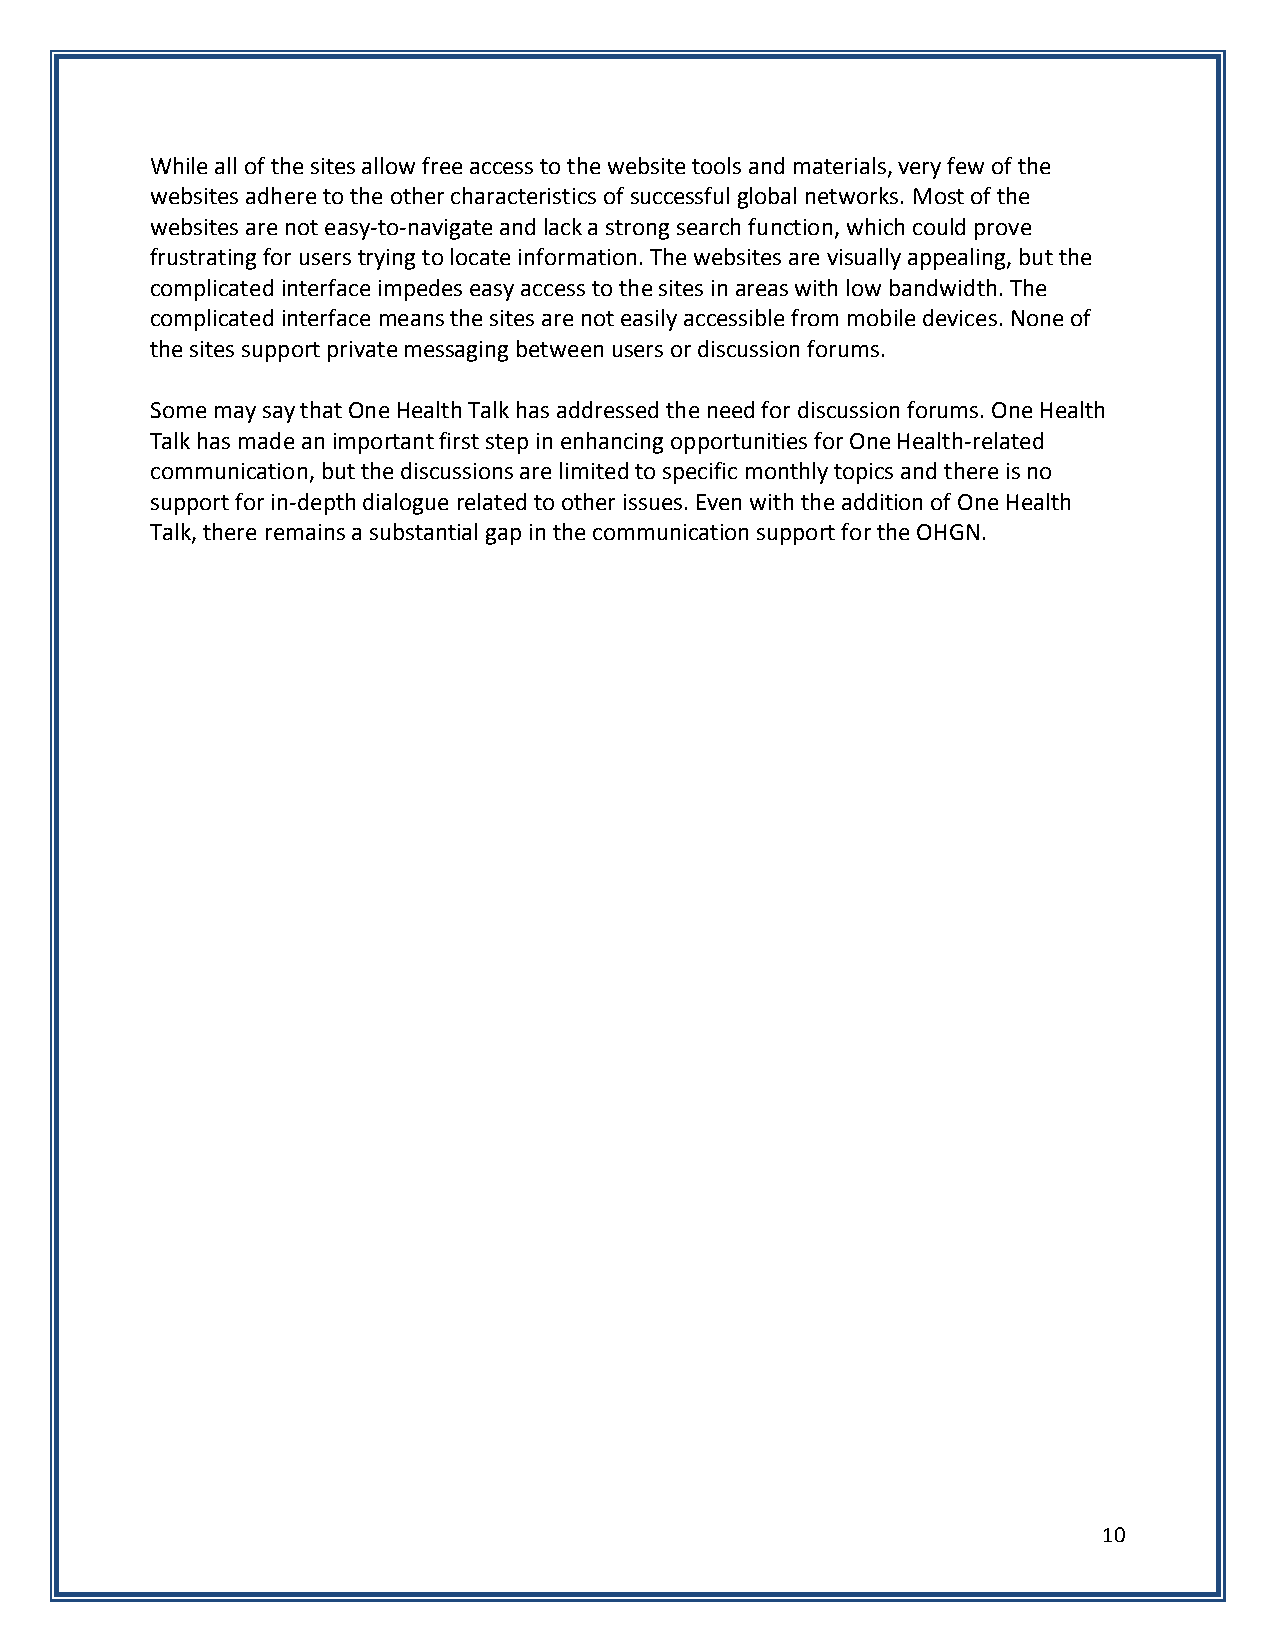
While all of the sites allow free access to the website tools and materials, very few of the
 websites adhere to the other characteristics of successful global networks. Most of the
 websites are not easy-to-navigate and lack a strong search function, which could prove
 frustrating for users trying to locate information. The websites are visually appealing, but the
 complicated interface impedes easy access to the sites in areas with low bandwidth. The
 complicated interface means the sites are not easily accessible from mobile devices. None of
 the sites support private messaging between users or discussion forums.
 Some may say that One Health Talk has addressed the need for discussion forums. One Health
 Talk has made an important first step in enhancing opportunities for One Health-related
 communication, but the discussions are limited to specific monthly topics and there is no
 support for in-depth dialogue related to other issues. Even with the addition of One Health
 Talk, there remains a substantial gap in the communication support for the OHGN.
 10